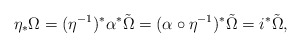
\begin{align*}\eta_* \Omega = (\eta^{-1})^* \alpha^* \tilde \Omega = (\alpha \circ \eta^{-1})^* \tilde \Omega = i^* \tilde \Omega,\end{align*}